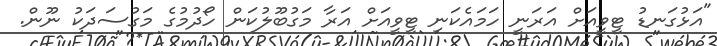
"އަޅުގަނޑު ޓީވީއަށް އަރަނީ ހަމައެކަނި ޓީވީއަށް އަރާ މަގުބޫލުކަން ހޯދުމުގެ މަގުސަދަކު ނޫން.